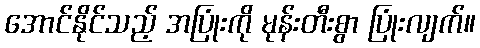
အောင်နိုင်သည့် အပြုံးကို မုန်းတီးစွာ ပြုံးလျက်။